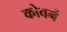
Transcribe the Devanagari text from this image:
कोवर्न